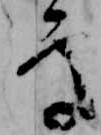
処